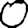
Digit: 0